Note on the mental hospitals in Burma - 1925-1940
Year: 1925
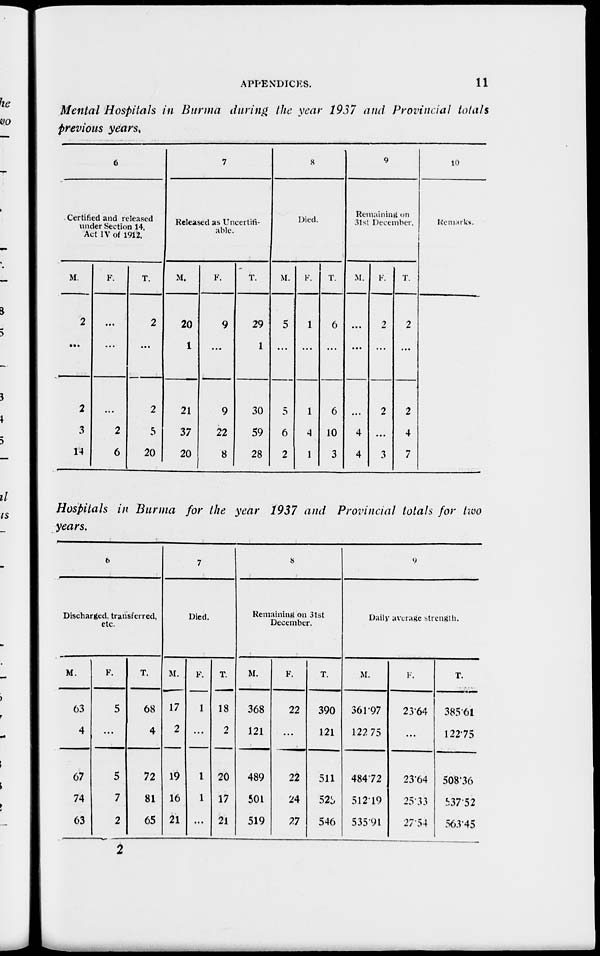
APPENDICES.
11
Mental Hospitals in Burma during, the year 1937 and Provincial totals
previous years.
6
Certified and released
under Section 14,
Act IV of 1912.
M.
2
...
2
3
14
F.
...
...
...
2
6
T.
2
...
2
5
20
7
Released as Uncertifi-
able.
M.
20
1
21
37
20
F.
9
...
9
22
8
T.
29
1
30
59
28
8
Died.
M.
5
...
5
6
2
F.
1
...
1
4
1
T.
6
...
6
10
3
9
Remaining on
31st December.
M.
...
...
...
4
4
F.
2
...
2
...
3
T.
2
...
2
4
7
10
Remarks.
Hospitals in Burma for the year 1937 and Provincial totals for two
years.
6
Discharged, transferred,
etc.
M.
63
4
67
74
63
F.
5
...
5
7
2
T.
68
4
72
81
65
7
Died.
M.
17
2
19
16
21
F.
1
...
1
1
...
T.
18
2
20
17
21
8
Remaining on 31st
December.
M.
368
121
489
501
519
F.
22
...
22
24
27
T.
390
121
511
525
546
9
Daily average strength.
M.
361.97
122.75
484.72
512.19
535.91
F.
23.64
...
23.64
25.33
27.54
T.
385.61
122.75
508.36
537.52
563.45
2